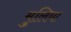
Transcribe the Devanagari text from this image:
मुलिया